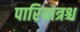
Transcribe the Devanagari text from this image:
पारियात्रश्च